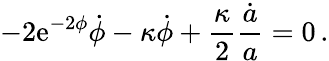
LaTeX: -2\mathrm{e}^{-2\phi}\dot{{\phi}}-\kappa\dot{{\phi}}+\frac{{\kappa}}{{2}}\frac{{\dot{{a}}}}{{a}}=0\, .